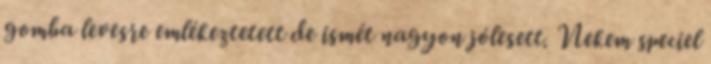
gomba levesre emlékeztetett de ismét nagyon jólesett. Nekem speciel